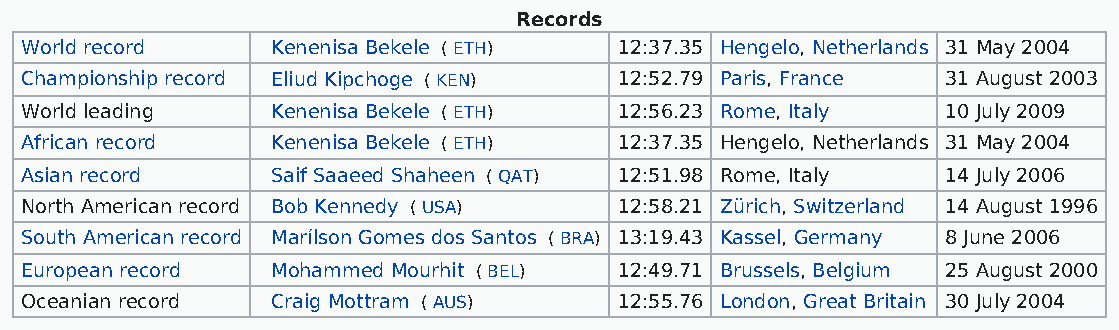
Records
 World record     Kenenisa Bekele ( ETH) 12:37.35 Hengelo, Netherlands 31 May 2004
 Championship record Eliud Kipchoge ( KEN) 12:52.79 Paris, France 31 August 2003
 World leading    Kenenisa Bekele ( ETH) 12:56.23 Rome, Italy  10 July 2009
 African record   Kenenisa Bekele ( ETH) 12:37.35 Hengelo, Netherlands 31 May 2004
 Asian record     Saif Saaeed Shaheen ( QAT) 12:51.98 Rome, Italy 14 July 2006
 North American record Bob Kennedy ( USA) 12:58.21 Zürich, Switzerland 14 August 1996
 South American record Marílson Gomes dos Santos ( BRA) 13:19.43 Kassel, Germany 8 June 2006
 European record  Mohammed Mourhit ( BEL) 12:49.71 Brussels, Belgium 25 August 2000
 Oceanian record  Craig Mottram ( AUS)   12:55.76 London, Great Britain 30 July 2004